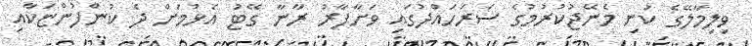
ވިލިމާލޭގެ ކުނި މެނޭޖުކުރުމުގެ ސަރަހައްދުގައި ވަށާފާރު ރާނާ ގޭޓު އެޅުމަށް ދެ ކުންފުންޏަކާއި